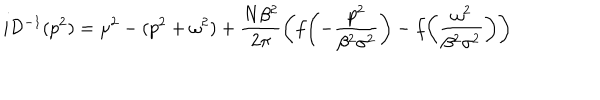
i { \cal D } ^ { - 1 } ( p ^ { 2 } ) = \mu ^ { 2 } - ( p ^ { 2 } + \omega ^ { 2 } ) + \frac { N \beta ^ { 2 } } { 2 \pi } \left( f \biggl ( - \frac { p ^ { 2 } } { \beta ^ { 2 } \sigma ^ { 2 } } \biggr ) - f \biggl ( \frac { \omega ^ { 2 } } { \beta ^ { 2 } \sigma ^ { 2 } } \biggr ) \right)